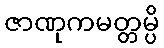
ဇာဏုကမတ္တမ္ပိ